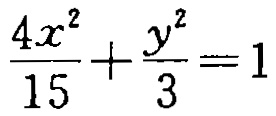
$\frac{4x^{2}}{15}+\frac{y^{2}}{3}=1$